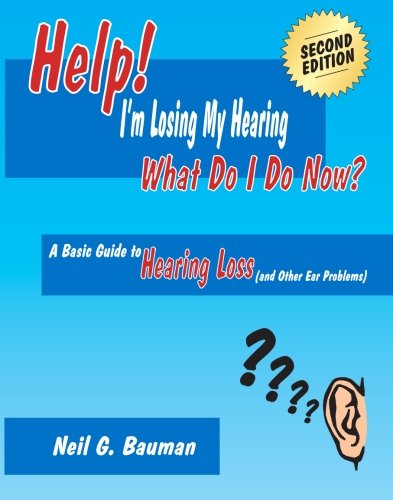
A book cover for Help! I'm Losing My Hearing - What Do I Do Now? (2nd Edition): A Basic Guide to Hearing Loss (and Other Ear Problems); Neil G Bauman; Health, Fitness & Dieting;